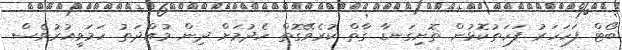
ބޯޓް ފަހަހަރު ފަހަތުކޮޅުން ތޮށިގަނޑާ ގާތް ކުރެވޭގޮތް ހެދުމަށް ދިން މުއްދަތު ހަމަވީއުރުވެސް